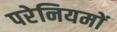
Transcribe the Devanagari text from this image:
परेनियमों